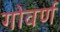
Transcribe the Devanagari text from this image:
गोवर्ण